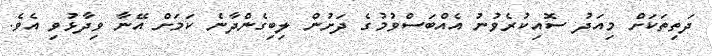
ދަތިތަކަށް މިއަދު ސޮއިކުރެވުނު އެއްބަސްވުމުގެ ދަށުން ލިބިގެންދާނެ ކަމަށް އޭނާ ވިދާޅުވި އެވެ.